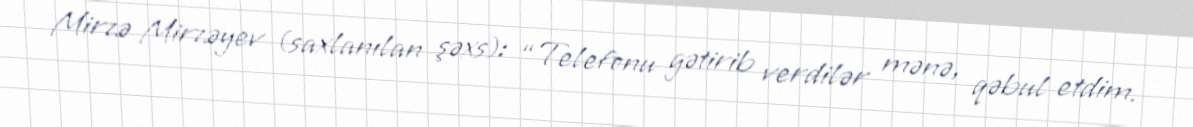
Mirzə Mirzəyev (saxlanılan şəxs): “Telefonu gətirib verdilər mənə, qəbul etdim.